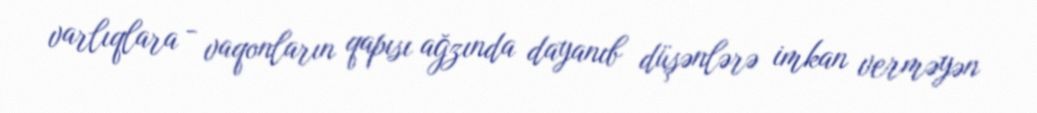
varlıqlara - vaqonların qapısı ağzında dayanıb düşənlərə imkan verməyən